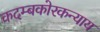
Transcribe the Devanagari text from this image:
कदम्बकोरकन्याय